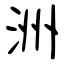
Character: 洲